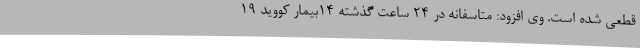
قطعی شده است. وی افزود: متاسفانه در 24 ساعت گذشته 14بیمار کووید 19